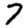
Digit: 7